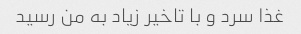
غذا سرد و با تاخیر زیاد به من رسید